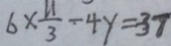
6 \times \frac { 1 1 } { 3 } - 4 y = 3 7